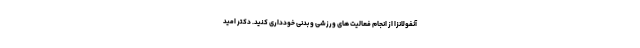
آنفولانزا از انجام فعالیت های ورزشی و بدنی خودداری کنید. دکتر امید